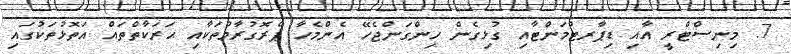
7. މިނިސްޓްރީ އާއި ޑިޕާރޓުމަންޓާއި ގުޅިގެން ހިންގަންޖެހޭ އެންމެހާ ޕްރޮގުރާމުތަކާއި ޙަރަކާތްތައް އަތޮޅުތަކުގައި